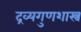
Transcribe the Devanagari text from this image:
द्रव्यगुणशास्त्र